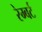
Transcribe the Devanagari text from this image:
रेम्बर्ट